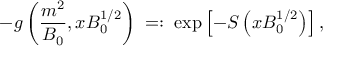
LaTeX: - g \left( \frac { m ^ { 2 } } { B _ { 0 } } , x B _ { 0 } ^ { 1 / 2 } \right) \; = : \; \exp \left[ - S \left( x B _ { 0 } ^ { 1 / 2 } \right) \right] ,